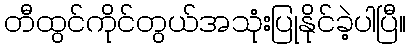
တီထွင်ကိုင်တွယ်အသုံးပြုနိုင်ခဲ့ပါပြီ။